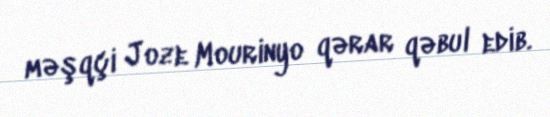
məşqçi Joze Mourinyo qərar qəbul edib.